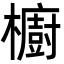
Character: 櫥